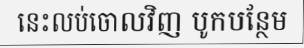
នេះលប់ចោលវិញ បូកបន្ថែម